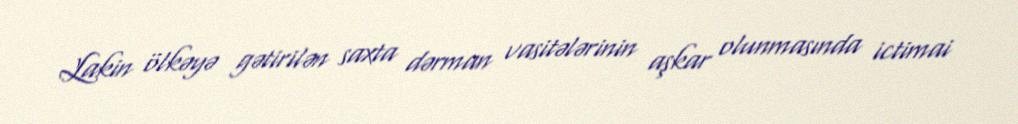
Lakin ölkəyə gətirilən saxta dərman vasitələrinin aşkar olunmasında ictimai